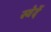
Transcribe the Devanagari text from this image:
स्वेदें